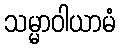
သမ္မာဝါယာမံ